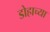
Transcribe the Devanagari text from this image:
डोहाच्या